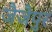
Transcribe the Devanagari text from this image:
जैजैपुर